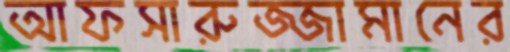
আফসারুজ্জামানের